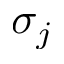
\sigma _ { j }